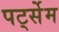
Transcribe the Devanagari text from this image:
पर्ट्सेम